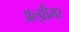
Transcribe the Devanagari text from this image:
अल्झीमर